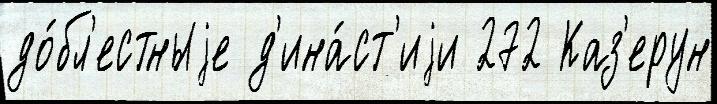
до́бл'естныjе д'ина́ст'иjи 272 Каз'ерун